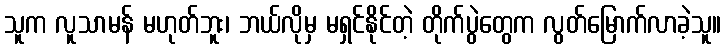
သူက လူသာမန် မဟုတ်ဘူး၊ ဘယ်လိုမှ မရှင်နိုင်တဲ့ တိုက်ပွဲတွေက လွတ်မြောက်လာခဲ့သူ။